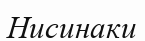
Нисинаки